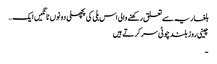
بلغاریہ سے تعلق رکھنے والی اس بلی کی پچھلی دونوں ٹانگیں ایک…
چینی روز بلند چوٹی سر کرتے ہیں
۔